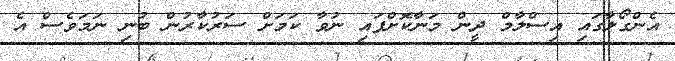
އެންގޯލާގައި އިސްލާމް ދީން މަނާކޮށްފައި ނުވާ ކަމަށް ސަރުކާރުން ބުނި ނަމަވެސް އެ